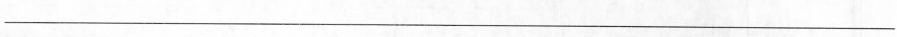
___